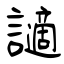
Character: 讁